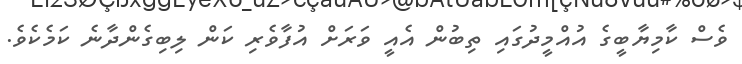
ވެސް ކާމިޔާބީގެ އުއްމީދުގައި ތިބުން އެއީ ވަރަށް އުފާވެރި ކަން ލިބިގެންދާނެ ކަމެކެވެ.